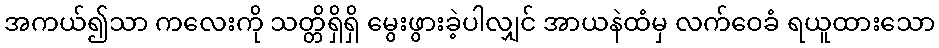
အကယ်၍သာ ကလေးကို သတ္တိရှိရှိ မွေးဖွားခဲ့ပါလျှင် အာယနဲထံမှ လက်ဝေခံ ရယူထားသော